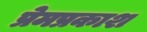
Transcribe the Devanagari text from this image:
प्रेमप्रकाश